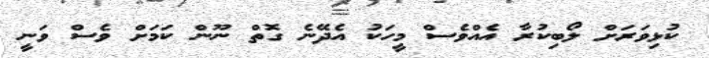
ކުޅިވަރަށް ލޯބިކުރާ އެއްވެސް މީހަކު އެދޭނެ ގޮތް ނޫން ކަމަށް ވެސް ވަނީ